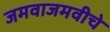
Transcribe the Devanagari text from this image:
जमवाजमवीचे